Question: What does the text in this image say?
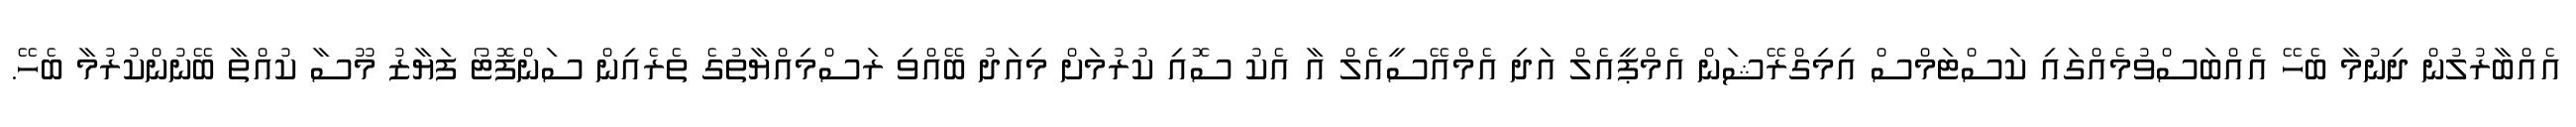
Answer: އެއްބާރުލުން ދިނުމާ ބެހޭ އެއްބަސްވުމެއްގައި ކަސްޓަމްސް އިމިގްރޭޝަން އެމްޕީއެލް އަދި އެމްއޭސީއެލް އާ އެކު ސޮއި ކުރުމަށް މިއަދު ބޭއްވި ރަސްމިއްޔާތުގެ ތެރެއިން ސަންފޮޓޯ ފަޔާޒު މޫސާ ކުއްތާ ބޭނުންކުރުމާ ބެހޭ.